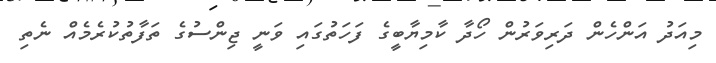
މިއަދު އަންހެން ދަރިވަރުން ހޯދާ ކާމިޔާބީގެ ފަހަތުގައި ވަނީ ޖިންސުގެ ތަފާތުކުރެމެއް ނެތި